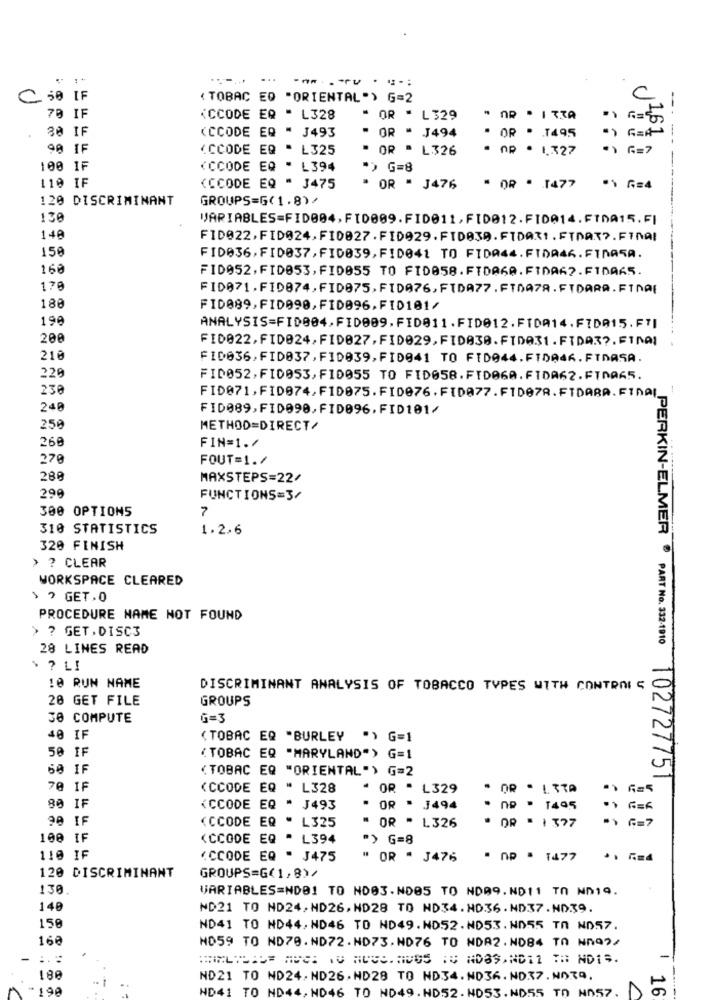
C 50 IF
( TOBAC ED "ORIENTAL") G=2
C
70 IF
(CCODE ER - L328
OR - L329
6= ))
30 IF
--
(CCODE EQ " J493
" OR " J494
. OR . 1495
99 IF
(CCODE EQ - L325
" OR " L326
- nP . 1.327
* G=7
100 IF
(CCODE EQ " L394
*> G=8
---
110 IF
(CCODE EQ " J475
" OR " J476
" OR - 1477
120 DISCRIMINANT
GROUPS=G(1.8)/
130
VARIABLES=FID004, FID009.FIDE11,FIDO12.FIDA14.FINA15.FI
140
FID022, FID024, FID027 . FID929. FIDA3D. FIDATI . FIRAT ?. FINAI
150
FID036, FID037, FID039, FID041 TO FIDA44.FIDA46.FINASA.
160
FID052, FID053, FID055 TO FIDO58.FIDAKA.FIDA62.FIDA65.
170
FID071.FID874, FID075, FID076, FIDA77. FTDA78. FTDARA. FINDE
188
FID089,FID090,F10096,F10101/
190
ANALYSIS=FID004,FID009,FID011 .FID@12.FIDA14.FIDA15. FTI
200
FID022, FID024, FID027, FID029, FIDA30. FIDA31 . FIDA3 ?. FINDI
210
FID036, FID037, FID039, FID941 TO FIDO44.FIDA46. FTDASA.
220
FID052, FID053, F10055 TO FIDO58. FIDE6A. FIDA62.FINA65.
230
FID071,FID074,F10075.FID076. FID077.FID07A. FTDABA. FINAL_
240
FID089,FID090, FID096, FID101/
250
METHOD=DIRECT/
260
FIN=1.7
270
FOUT=1./
280
MAXSTEPS=22/
299
FUNCTIONS=3/
300 OPTIONS
7
310 STATISTICS
1.2.6
320 FINISH
> ? CLEAR
WORKSPACE CLEARED
> > GET.O
PROCEDURE NAME NOT FOUND
> ? GET.DISC3
28 LINES READ
$ ? LI
10 RUN NAME
DISCRIMINANT ANALYSIS OF TOBACCO TYPES WITH CONTRAIS
20 GET FILE
GROUPS
30 COMPUTE
G=3
40 IF
( TOBAC EQ "BURLEY ") G=1
50 IF
(TOBAC EQ "MARYLAND"> G=1
60 IF
(TOBAC EQ "ORIENTAL") G=2
PERKIN-ELMER PART No. 332-1910 102727751
70 IF
(CCODE EQ " L328
" OR " L329
80 IF
(CCODE EQ " J493
" OR " J494
np - 1495
90 IF
* OR - 137
"> G= 7
(CCODE EQ " L325
" OR " L326
100 IF
(CCODE EQ " L394
"> G=8
110 IF
(CCODE EQ " J475
" OR " J476
" OP - 1477
120 DISCRIMINANT
GROUPS=G<1,8>>
130.
VARIABLES=ND01 TO NO03. NO05 TO ND09.ND11 TO ND19.
140
ND21 TO ND24,ND26. ND28 TO ND34.ND36.ND37. NO.39.
150
ND41 TO ND44, ND46 TO ND49. ND52. ND53. NO55 TA ND57.
160
MD59 TO ND70. ND72.ND73.ND76 TO NDA2. NDB4 TO NA02/
188
ND21 TO ND24.ND26. ND28 TO ND34.ND36.NO37. NOTQ,
*190
ND41 TO ND44, ND46 TO ND49. HD52. ND53. ND55 TO NO57
16